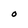
Character: O